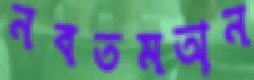
নবতমঅন